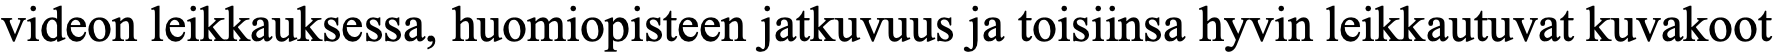
videon leikkauksessa, huomiopisteen jatkuvuus ja toisiinsa hyvin leikkautuvat kuvakoot